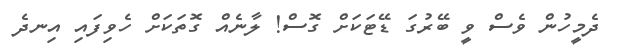
ދެމީހުން ވެސް ވީ ބޭރުގަ ޑޭޓަކަށް ގޮސް! ލާނެއް ގޮތަކަށް ހެވިފައި އިނދެ